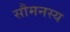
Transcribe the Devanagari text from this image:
सौमनस्य